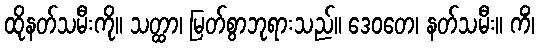
ထိုနတ်သမီးကို။ သတ္ထာ၊ မြတ်စွာဘုရားသည်။ ဒေဝတေ၊ နတ်သမီး။ ကိံ၊